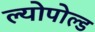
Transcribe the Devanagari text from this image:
ल्योपोल्ड